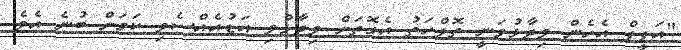
"އަފީފް އެހެން ވިދާޅުވަނީ ތޮލްހަތު އެގޮތަށް ވިދާޅުވި އަޑުއެއްސެވި ކަމަށް ބުނެ އެވެ.